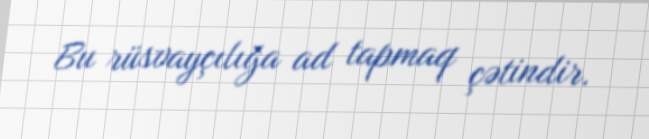
Bu rüsvayçılığa ad tapmaq çətindir.